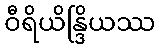
ဝီရိယိန္ဒြိယဿ